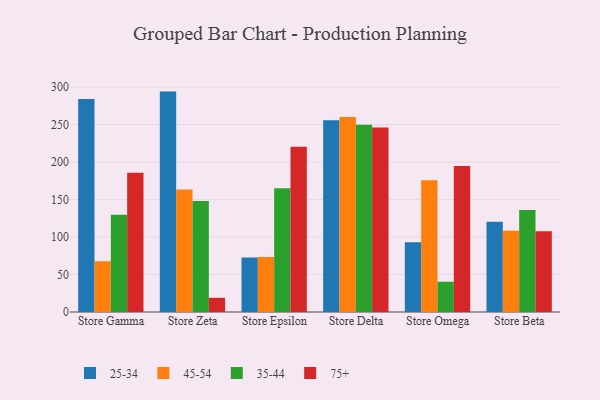
{"axis": {"x": "Store", "y": "Conversion Rate (%)"}, "legend": ["25-34", "35-44", "45-54", "75+"], "data": [{"x": "Store Gamma", "y": 284.1, "type": "25-34"}, {"x": "Store Gamma", "y": 67.7, "type": "45-54"}, {"x": "Store Gamma", "y": 129.7, "type": "35-44"}, {"x": "Store Gamma", "y": 185.8, "type": "75+"}, {"x": "Store Zeta", "y": 293.9, "type": "25-34"}, {"x": "Store Zeta", "y": 163.3, "type": "45-54"}, {"x": "Store Zeta", "y": 147.9, "type": "35-44"}, {"x": "Store Zeta", "y": 18.9, "type": "75+"}, {"x": "Store Epsilon", "y": 72.8, "type": "25-34"}, {"x": "Store Epsilon", "y": 73.5, "type": "45-54"}, {"x": "Store Epsilon", "y": 164.9, "type": "35-44"}, {"x": "Store Epsilon", "y": 220.3, "type": "75+"}, {"x": "Store Delta", "y": 255.8, "type": "25-34"}, {"x": "Store Delta", "y": 260.0, "type": "45-54"}, {"x": "Store Delta", "y": 249.6, "type": "35-44"}, {"x": "Store Delta", "y": 246.0, "type": "75+"}, {"x": "Store Omega", "y": 93.0, "type": "25-34"}, {"x": "Store Omega", "y": 175.7, "type": "45-54"}, {"x": "Store Omega", "y": 40.4, "type": "35-44"}, {"x": "Store Omega", "y": 194.8, "type": "75+"}, {"x": "Store Beta", "y": 120.3, "type": "25-34"}, {"x": "Store Beta", "y": 108.2, "type": "45-54"}, {"x": "Store Beta", "y": 136.1, "type": "35-44"}, {"x": "Store Beta", "y": 107.8, "type": "75+"}]}